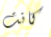
كانت